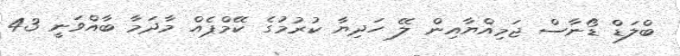
ބްލަޑް ޑޯނާސް ޖަމިއްޔާއިން ލޭ ހަދިޔާ ކުރުމުގެ ކޭމްޕެއް މާދަމާ ބާއްވަނީ 43